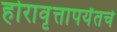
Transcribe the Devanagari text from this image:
होरावृत्तापर्यंतचे